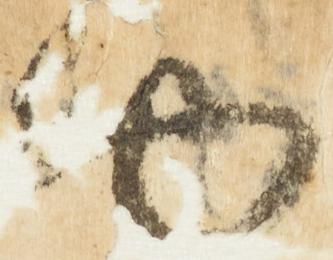
物